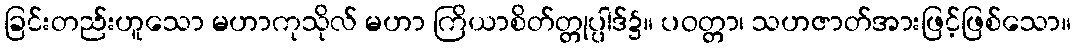
ခြင်းတည်းဟူသော မဟာကုသိုလ် မဟာ ကြိယာစိတ်တ္တုပ္ပါဒ်၌။ ပဝတ္တာ၊ သဟဇာတ်အားဖြင့်ဖြစ်သော။